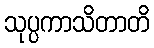
သုပ္ပကာသိတာတိ